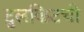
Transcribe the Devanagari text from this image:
टुलकिटची